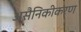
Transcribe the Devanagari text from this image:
असैनिकीकरण